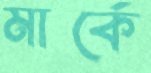
মার্কে